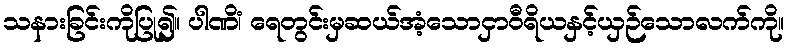
သနားခြင်းကိုပြု၍။ ပါဏိံ၊ ရေတွင်းမှဆယ်အံ့သောငှာဝီရိယနှင့်ယှဉ်သောလက်ကို။